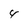
Character: 4